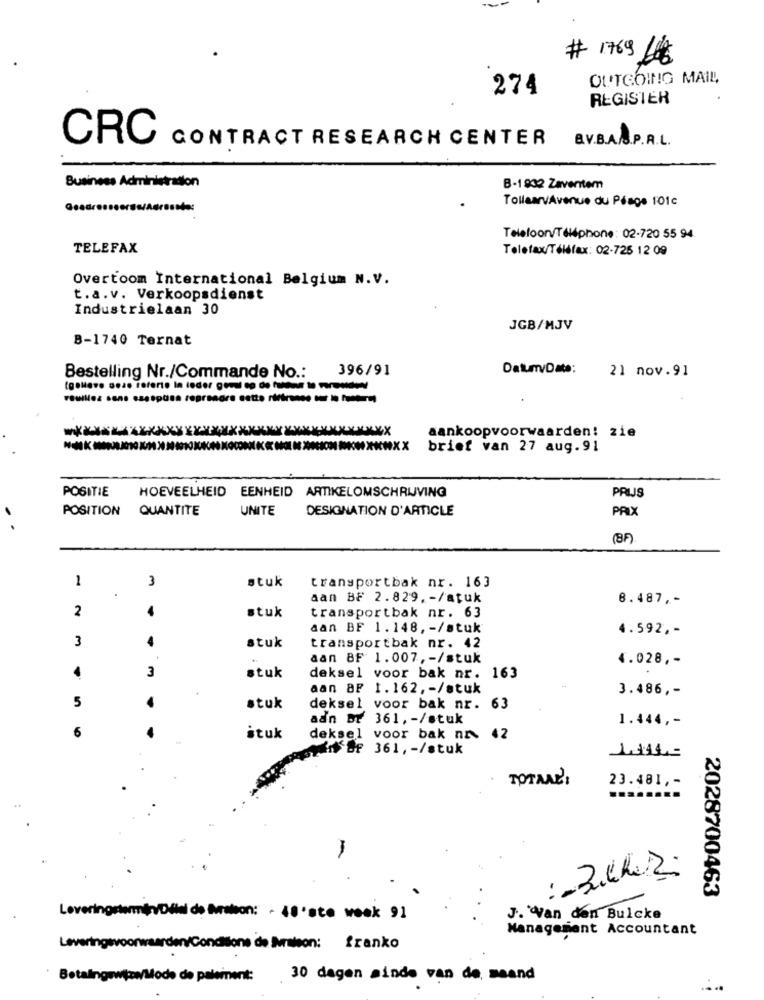
# 1769 66C
OUTGOING MAIL
274
REGISTER
CRC
CONTRACT RESEARCH CENTER
B.V.B.A.S.P.R.L.
Business Administration
B-1932 Zaventem
TollaarvAvenue du Péage 101c
Telefoonv/Téléphone: 02-720 55 94.
TELEFAX
Telefax/Téléfax: 02-725 12 09
Overtoom International Belgium N.V.
t.a.v. Verkoopsdienst
Industrielaan 30
JGB/MJV
B-1740 Ternat
396/91
DatumDate:
21 nov.91
Bestelling Nr./Commande No .:
aankoopvoorwaarden! zie
XNXX
brief van 27 aug.91
POSITIE
HOEVEELHEID EENHEID ARTIKELOMSCHRIJVING
PRIJS
POSITION
QUANTITE
UNITE
DESIGNATION D'ARTICLE
PRIX
1
3
stuk
transportbak nr. 163
aan BF 2.829, - /atuk
8.487 ,-
2
stuk
transportbak nr. 63
aan BF 1.148, - /stuk
4.592 ,-
3
stuk
4
transportbak nr. 42
aan BF 1.007, - /stuk
4.028 ,-
3
stuk
deksel voor bak nr. 163
+
aan BF 1.162, - /stuk
3.486 ,-
5
stuk
deksel voor bak nr. 63
aan BT 361, - /stuk
1.444 ,-
6
ituk
-
deksel voor bak nr. 42
SI BF 361, - /stuk
TOTALE!
23.481 ,-
........
2028700463
Leveringstermin/Délai de Maison: - 48'ste week 91
J. Van den Bulcke
Management Accountant
Leveringsvoorwaarden/Conditions de Iraleon: franko
Betalingswpor/itode de paiement: 30 dagen sinde van de, meand